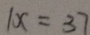
1 x = 3 7